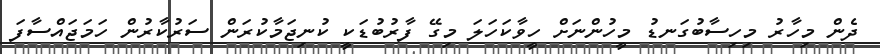
ދެން މިހާރު މިހިސާބުގަނޑު މީހުންނަށް ހީވާކަހަލަ މިގޭ ފާރުބުޑަކީ ކުނިޖަމާކުރަން ސަރުކާރުން ހަމަޖައްސާފަ